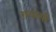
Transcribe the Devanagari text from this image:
ग़वासी